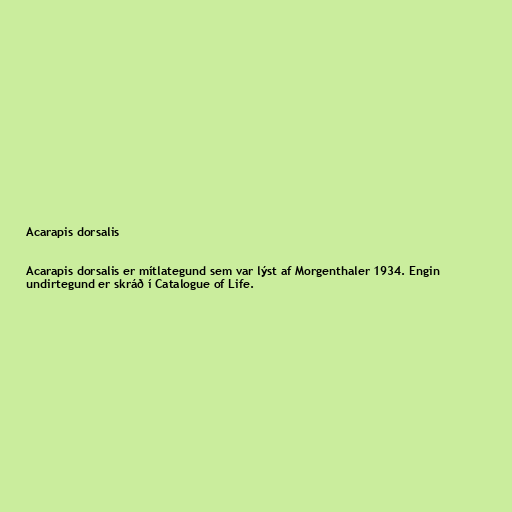
Acarapis dorsalis

Acarapis dorsalis er mítlategund sem var lýst af Morgenthaler 1934. Engin
undirtegund er skráð í Catalogue of Life.